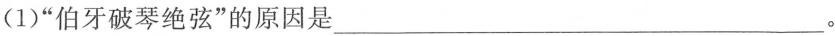
(1)”伯牙破琴绝弦”的原因是___。